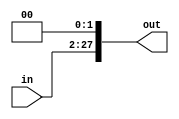
module shift_26_28(in, out);
	input [25:0] in;
	output [27:0] out;
	
	assign out = {in[25:0],2'b0};
endmodule